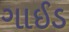
ગાઈડ